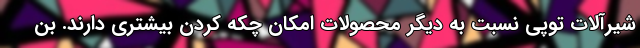
شیرآلات توپی نسبت به دیگر محصولات امکان چکه کردن بیشتری دارند. بن